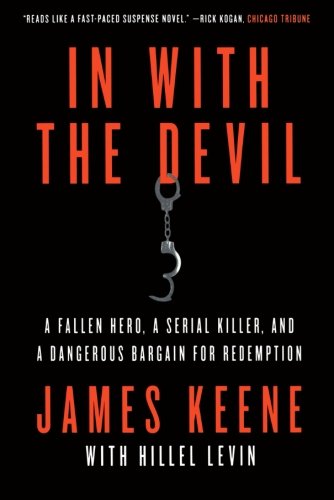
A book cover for In with the Devil: A Fallen Hero, a Serial Killer, and a Dangerous Bargain for Redemption; James Keene; Biographies & Memoirs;